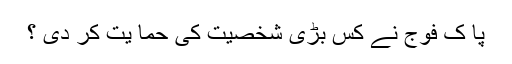
پا ک فوج نے کس بڑی شخصیت کی حما یت کر دی ؟